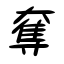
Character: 奪